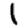
Digit: 1